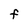
Character: F